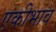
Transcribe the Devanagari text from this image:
एकीभाव